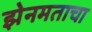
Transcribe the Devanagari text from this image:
झेनमताचा